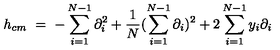
h _ { c m } \ = \ - \sum _ { i = 1 } ^ { N - 1 } \partial _ { i } ^ { 2 } + \frac { 1 } { N } ( \sum _ { i = 1 } ^ { N - 1 } \partial _ { i } ) ^ { 2 } + 2 \sum _ { i = 1 } ^ { N - 1 } y _ { i } \partial _ { i }